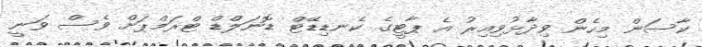
ކާސަން މިހެން ވިދާޅުވިއިރު އެ ޕާޓީގެ ކެނޑިޑޭޓް ޑޮނަލްޑް ޓްރަމްޕަށް ވެސް ވަނީ